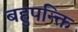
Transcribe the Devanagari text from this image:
बहुपन्क्ति